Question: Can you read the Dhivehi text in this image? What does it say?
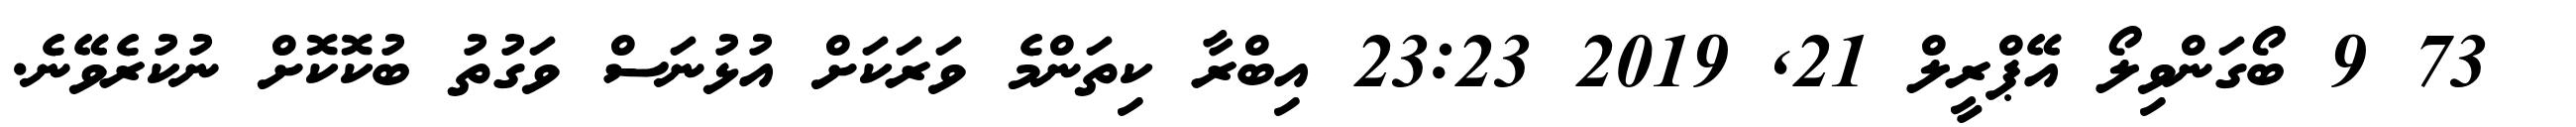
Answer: ? 73 9 ބޯގަންވިލޯ އޭޕްރީލް 21, 2019 23:23 އިބްރާ ކިތަންމެ ވަރަކަށް އުޅުނަސް ވަގުތު ބުކޮކޮށް ނުކުރެވޭނެ.